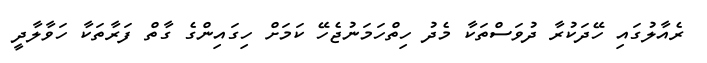
ރެއާލުގައި ހޭދަކުރާ ދުވަސްތަކާ މެދު ހިތްހަމަނުޖެހޭ ކަމަށް ހިގައިންގެ ގާތް ފަރާތަކާ ހަވާލާދީ